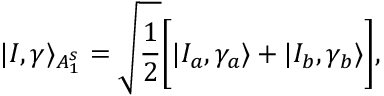
| I , \gamma \rangle _ { A _ { 1 } ^ { s } } = \sqrt { \frac { 1 } { 2 } } \bigg [ | I _ { a } , \gamma _ { a } \rangle + | I _ { b } , \gamma _ { b } \rangle \bigg ] ,